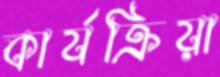
কার্যক্রিয়া